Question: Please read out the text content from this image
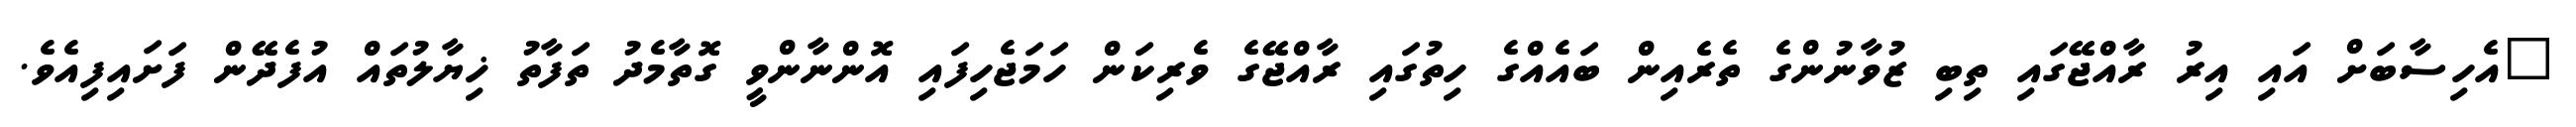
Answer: "އެހިސާބަށް އައި އިރު ރާއްޖޭގައި ތިބި ޒުވާނުންގެ ތެރެއިން ބައެއްގެ ހިތުގައި ރާއްޖޭގެ ވެރިކަން ހަމަޖެހިފައި އޮންނާންވީ ގޮތާމެދު ތަފާތު ޚިޔާލުތައް އުފެދޭން ފަށައިފިއެވެ.